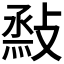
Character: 𢾧